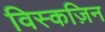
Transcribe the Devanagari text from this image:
विस्कज़िन